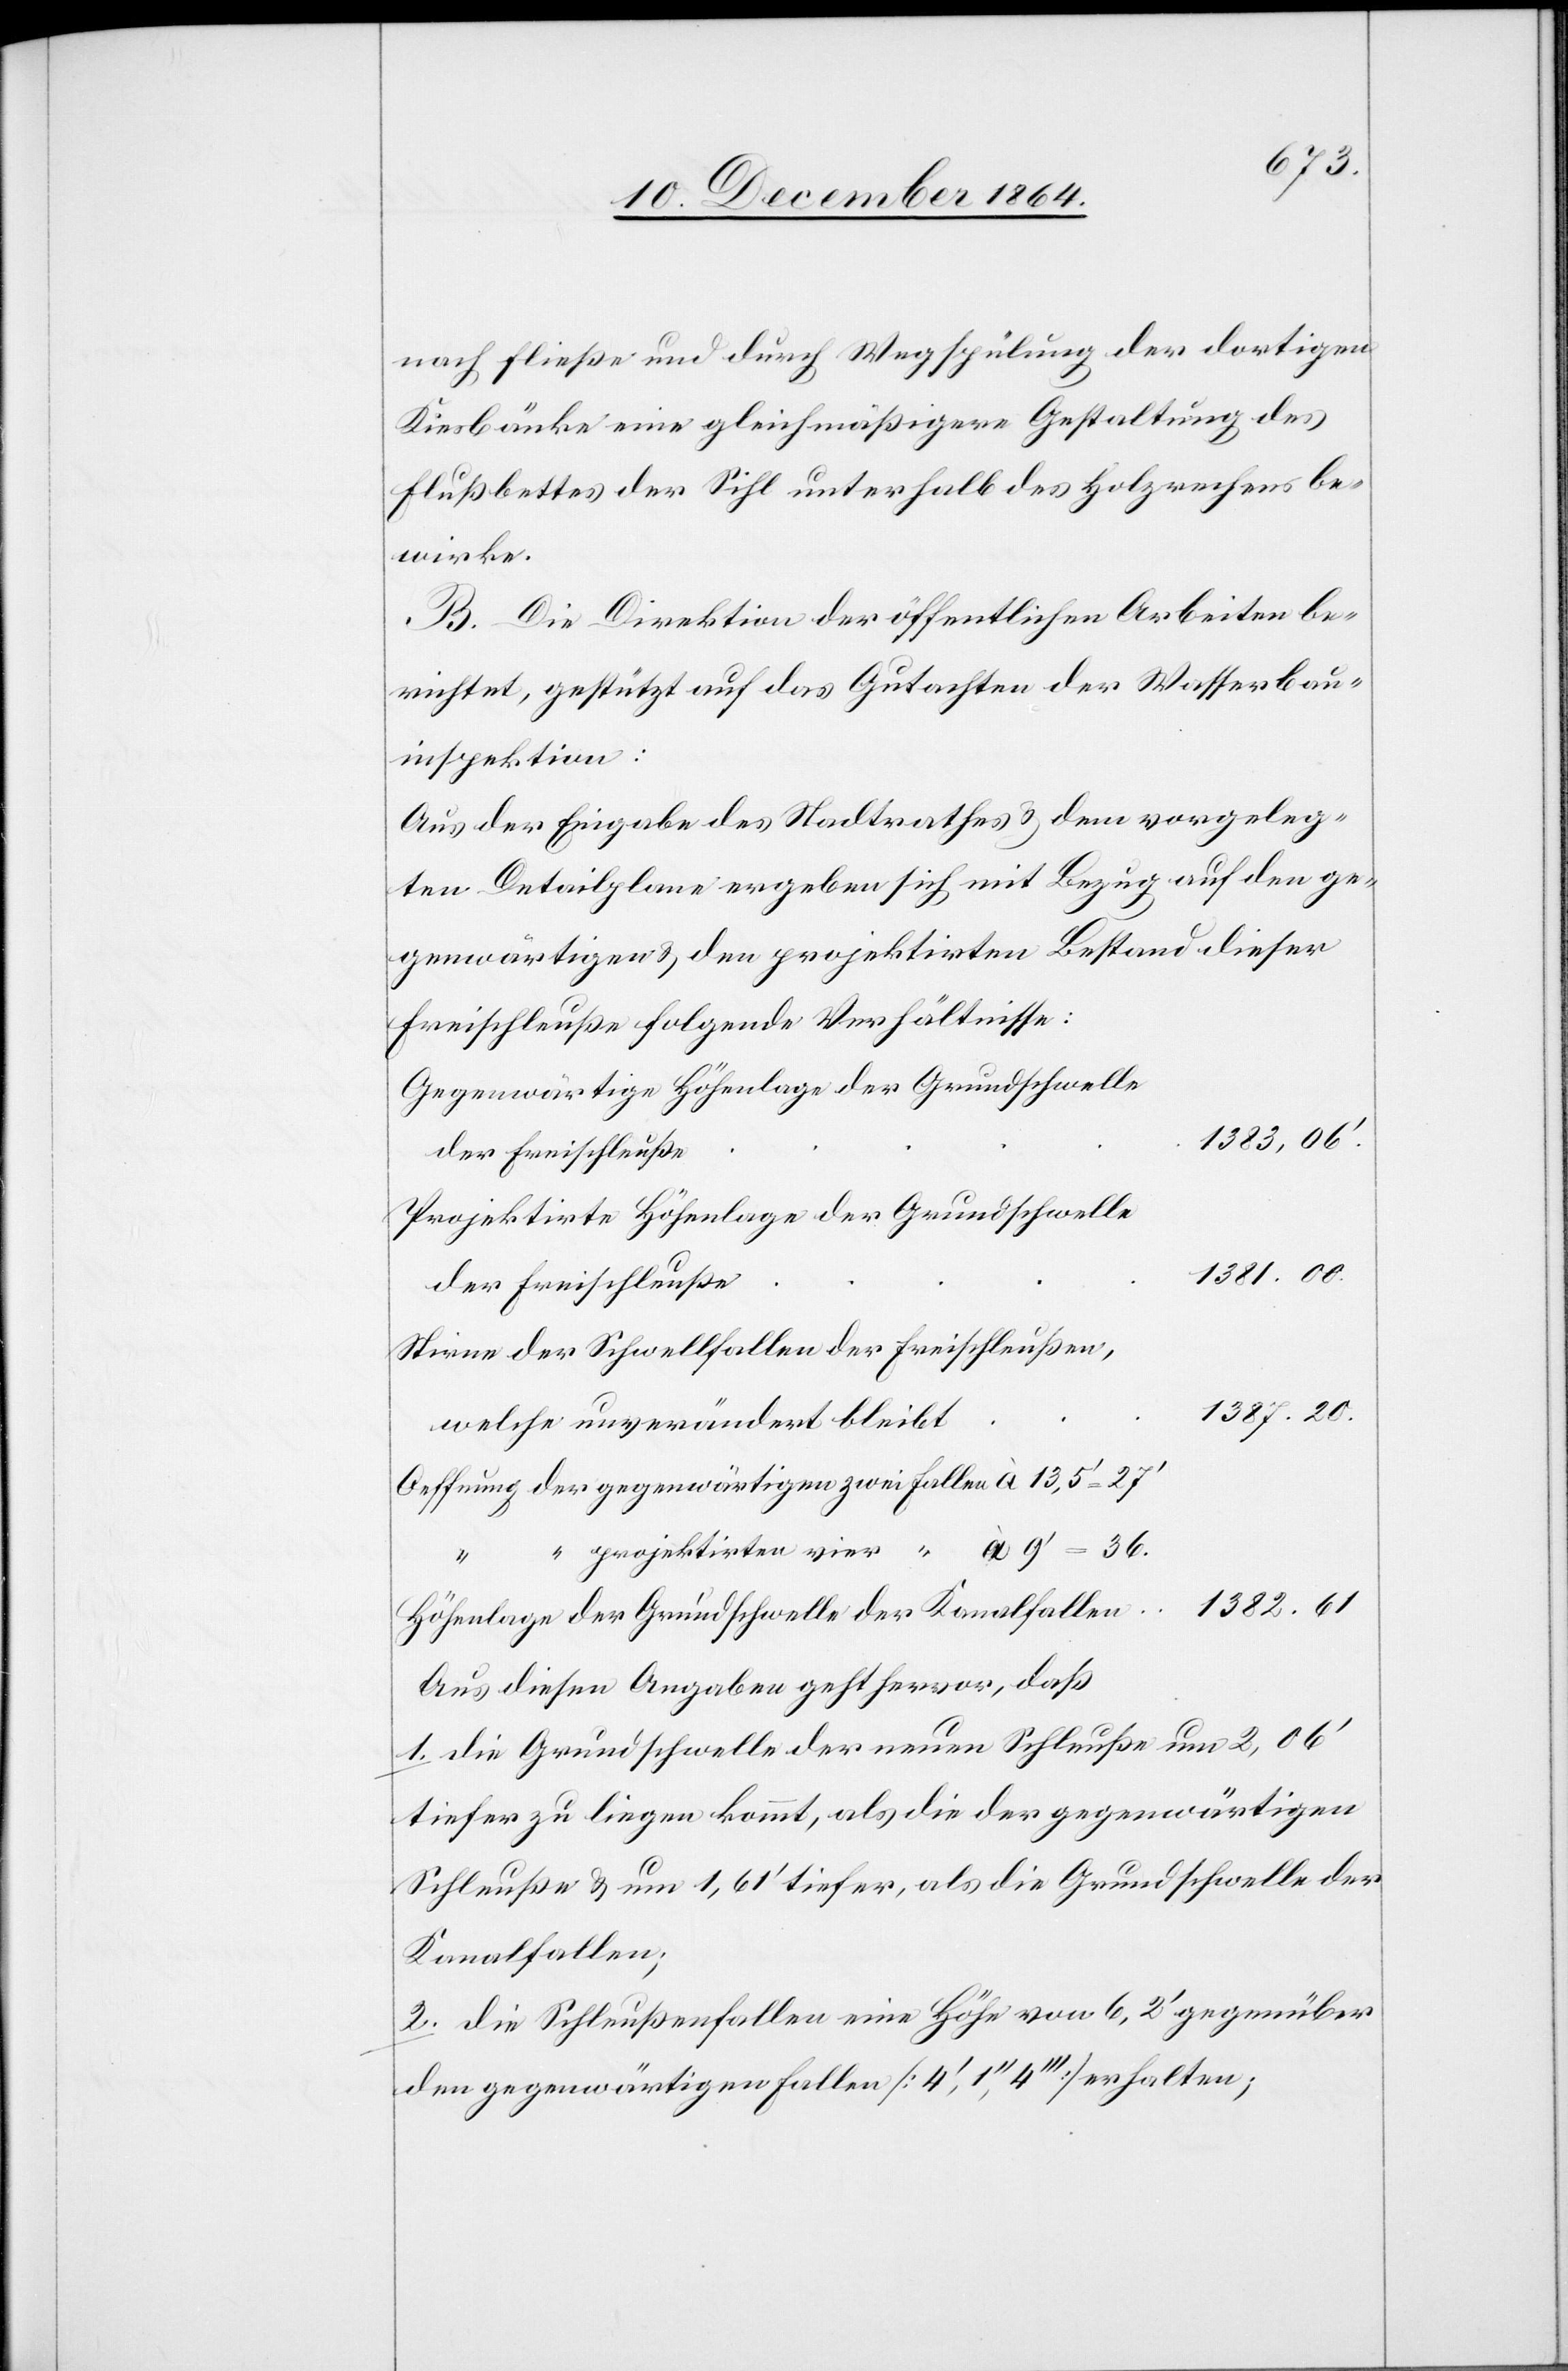
nach fließe und durch Wegspülung der dortigen
Kiesbänke eine gleichmäßigere Gestaltung des
Flußbettes der Sihl unterhalb des Holzrechens be¬
wirke.
B. Die Direktion der öffentlichen Arbeiten be¬
richtet, gestützt auf das Gutachten der Wasserbau¬
inspektion:
Aus der Eingabe des Stadtrathes & dem vorgeleg¬
ten Detailplane ergeben sich mit Bezug auf den ge¬
genwärtigen & den projektirten Bestand dieser
Freischleuße folgende Verhältnisse:
Gegenwärtige Höhenlage der Grundschwelle
1 383,06’.
der Freischleuße
Projektirte Höhenlage der Grundschwelle
1 381.00.
Stirne der Schwellfalle der Freischleußen,
1 387.20.
welche unverändert bleibt
Oeffnung der gegenwärtigen zwei Fallen à 13,5’ = 27’
“ projektirten vier “ à 9’ = 36.
1 382.61
Höhenlage der Grundschwelle der Kanalfallen
Aus diesen Angaben geht hervor, daß
1. die Grundschwelle der neuen Schleuße um 2,06’
tiefer zu liegen kommt, als die der gegenwärtigen
Schleuße & um 1,61’ tiefer, als die Grundschwelle der
Kanalfallen;
2. die Schleußenfallen eine Höhe von 6,2’ gegenüber
den gegenwärtigen Fallen [4’,1’’,4’’’] erhalten,